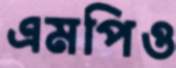
এমপিও